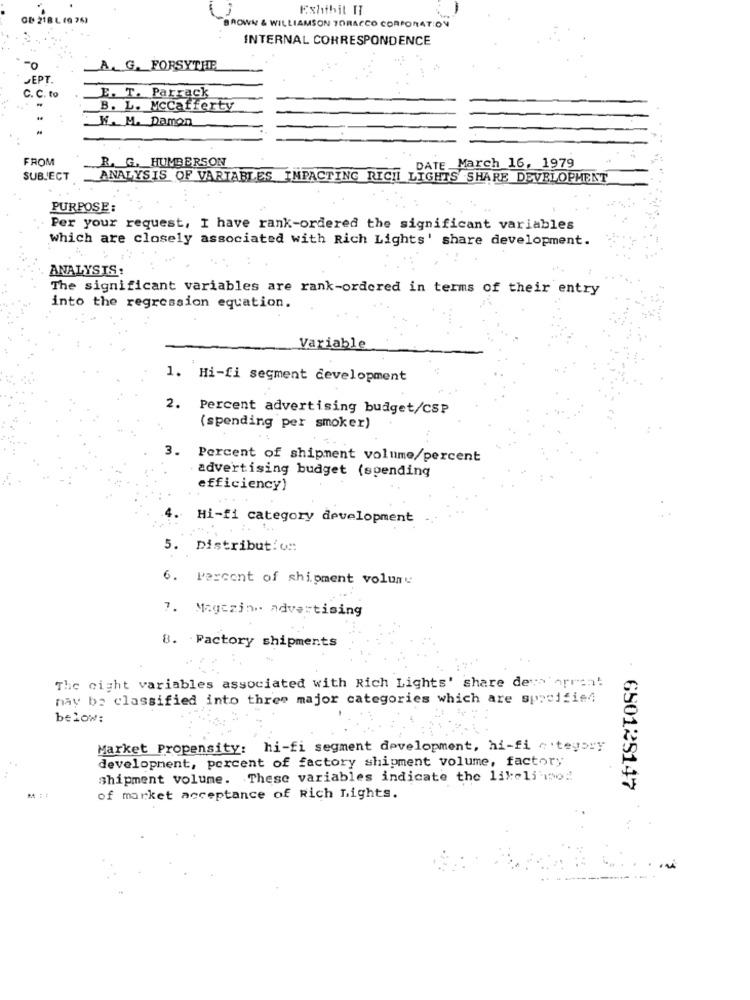
Exhibit IT
CE 218 L1761
BROWN & WILLIAMSON TORACCO CORPORATION
INTERNAL CORRESPONDENCE
A. G. FORSYTHE
JEPT
C. C. to
E. T. Parrack
B. L. Mccafferty
W. M. Damon
FROM
R. G. HUMBERSON
DATE March 16, 1979
SUBJECT
ANALYSIS OF VARIABLES IMPACTING RICHI LIGHTS SHARE DEVELOPMENT
PURPOSE :
Per your request, I have rank-ordered the significant variables
which are closely associated with Rich Lights' share development.
ANALYSTS:
The significant variables are rank-ordered in terms of their entry
into the regression equation.
Variable
1. Hi-fi segment development
2.
Percent advertising budget/CSP
(spending per smoker)
3.
Percent of shipment volume/percent
advertising budget (spending
efficiency)
Hi-fi category development
5. Distribution:
6. Percent of shipment volume
7. Magezin. advertising
8. Factory shipments
The eight variables associated with Rich Lights' share dets'orren!
hay be classified into three major categories which are specified
below:
Market Propensity: hi-fi segment development, hi-fi .tegory
development, percent of factory shipment volume, factory
shipment volume. These variables indicate the like15 iso2
650129147
of market acceptance of Rich Lights.